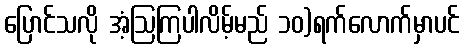
ပြောင်သလို အံ့ဩကြပါလိမ့်မည် ၁၀)ရက်လောက်မှာပင်